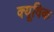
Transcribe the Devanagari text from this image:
क्यूविक